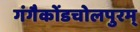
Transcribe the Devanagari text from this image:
गंगैकोंडचोलपुरम्